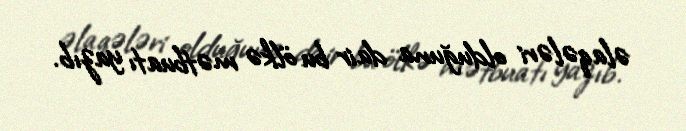
əlaqələri olduğuna dair bu ölkə mətbuatı yazıb.